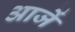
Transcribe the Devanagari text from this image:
आजें